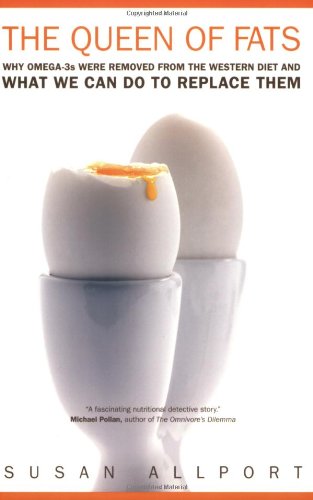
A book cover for The Queen of Fats: Why Omega-3s Were Removed from the Western Diet and What We Can Do to Replace Them (California Studies in Food and Culture); Susan Allport; Cookbooks, Food & Wine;